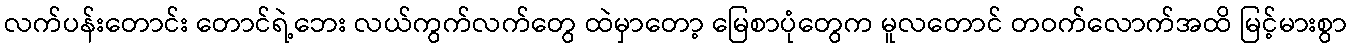
လက်ပန်းတောင်း တောင်ရဲ့ဘေး လယ်ကွက်လက်တွေ ထဲမှာတော့ မြေစာပုံတွေက မူလတောင် တဝက်လောက်အထိ မြင့်မားစွာ